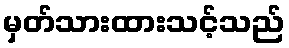
မှတ်သားထားသင့်သည်